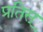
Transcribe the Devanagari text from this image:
प्रतिस्